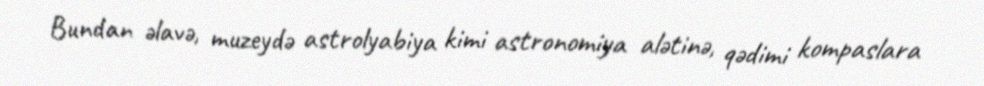
Bundan əlavə, muzeydə astrolyabiya kimi astronomiya alətinə, qədimi kompaslara